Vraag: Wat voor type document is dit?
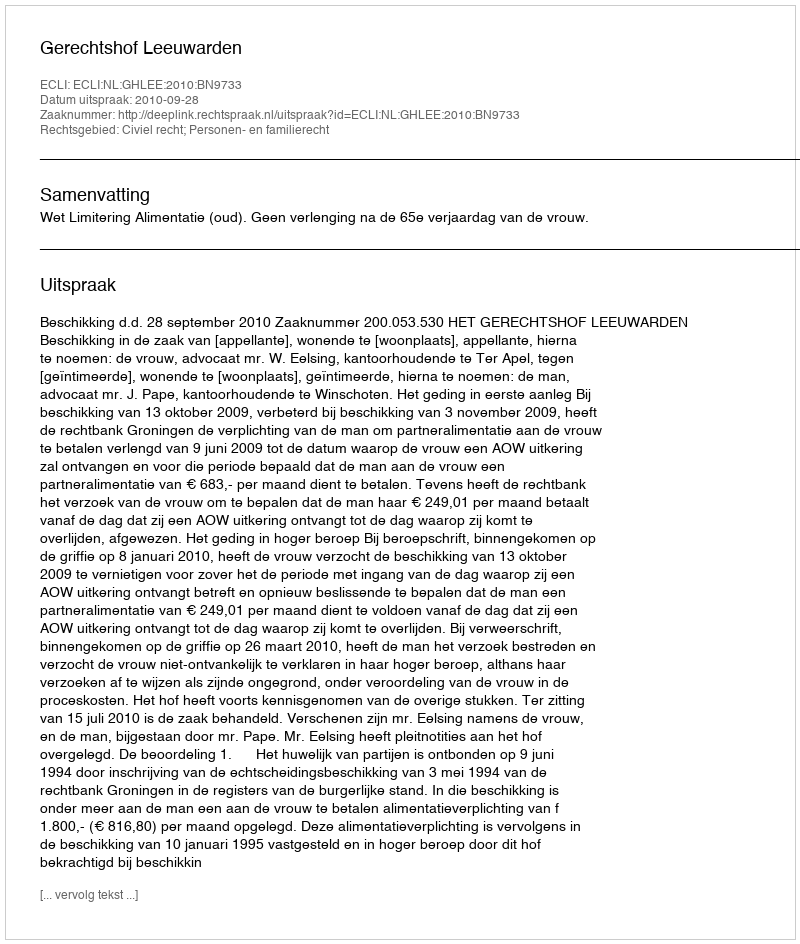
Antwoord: Uitspraak